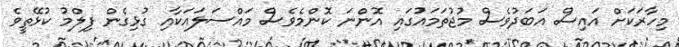
މިހާރަކަށް އައިސް އަބަދުވެސް މުޖުތަމައުގައި އޮންނަ ކޮންމެވެސް މައްސަލައަކާއި ގުޅިގެން ފިލްމު ކުޅޭތީވެ